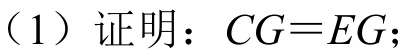
（1）证明：\(CG = EG\)；